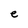
Character: e